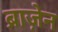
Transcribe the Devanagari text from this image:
ब्राज़ेन